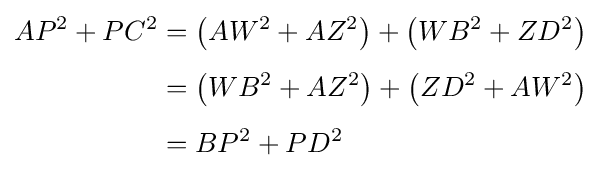
{\begin{aligned}AP^{2}+PC^{2}&=\left(AW^{2}+AZ^{2}\right)+\left(WB^{2}+ZD^{2}\right)\\[4pt]&=\left(WB^{2}+AZ^{2}\right)+\left(ZD^{2}+AW^{2}\right)\\[4pt]&=BP^{2}+PD^{2}\end{aligned}}